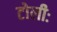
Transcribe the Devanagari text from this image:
टोलीः